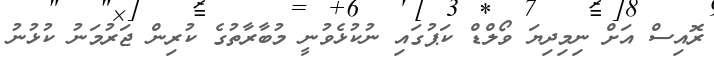
ރޮއިސް އަށް ނިމިދިޔަ ވޯލްޑް ކަޕުގައި ނުކުޅެވުނީ މުބާރާތުގެ ކުރިން ޖަރުމަނު ކުޅުނު